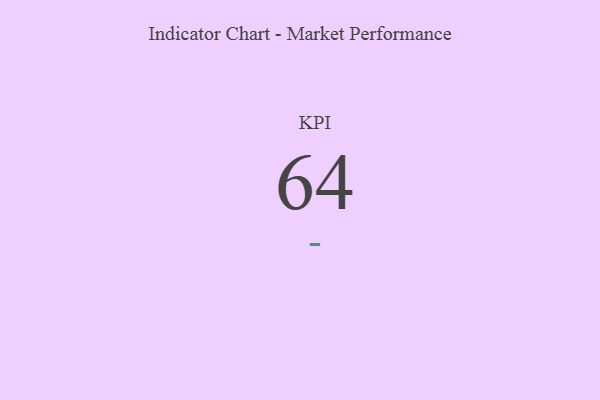
{"axis": {"x": "KPI", "y": "Value"}, "legend": [""], "data": [{"x": "KPI", "y": 64, "type": ""}]}